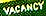
VACANCY